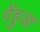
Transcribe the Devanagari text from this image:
गेंहुआ